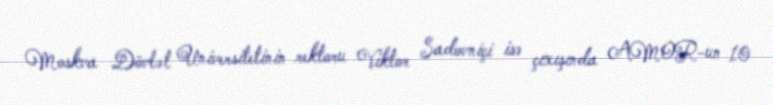
Moskva Dövlət Universitetinin rektoru Viktor Sadovniçi isə çıxışında AMOR-un 10